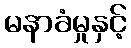
မနာခံမှုနှင့်